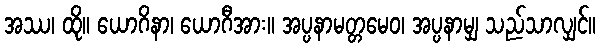
အဿ၊ ထို။ ယောဂိနာ၊ ယောဂီအား။ အပ္ပနာမတ္တမေဝ၊ အပ္ပနာမျှ သည်သာလျှင်။